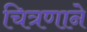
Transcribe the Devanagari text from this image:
चित्रणाने